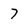
Character: 7